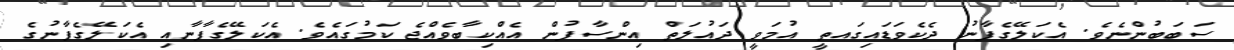
ސަބަބުންނެވެ. އެކަލޭގެފާނު ދެކެވަޑައިގައތީ އުމަވީ ދައުލަތް އިންސާފުން އެއްކިބާވެއްޖެ ކަމުގައެވެ. އެކަލޭގެފާނާއި އެކަލޭގެފާނުގެ